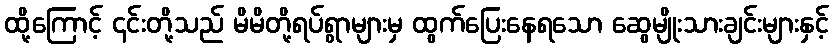
ထို့ကြောင့် ၎င်းတို့သည် မိမိတို့ရပ်ရွာများမှ ထွက်ပြေးနေရသော ဆွေမျိုးသားချင်းများနှင့်